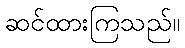
ဆင်ထားကြသည်။